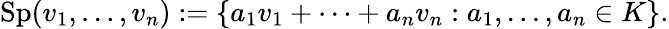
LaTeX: \operatorname{Sp}(v_{1},\ldots,v_{n}):=\{ a_{1}v_{1}+\cdots+a_{n}v_{n}:a_{1},\ldots,a_{n}\in K\} .